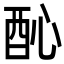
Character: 𨠉